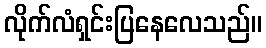
လိုက်လံရှင်းပြနေလေသည်။